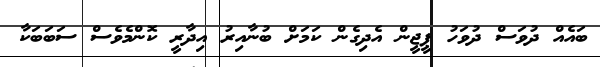
ބައެއް ދުވަސް ދުވަހު ޕީޖީން އެދިގެން ކަމަށް ބުނާއިރު އިދާރީ ކޮންމެވެސް ސަބަބަކާ